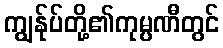
ကျွန်ုပ်တို့၏ကုမ္ပဏီတွင်